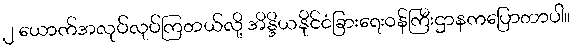
၂ ယောက်အလုပ်လုပ်ကြတယ်လို့ အိန္ဒိယနိုင်ငံခြားရေးဝန်ကြီးဌာနကပြောတာပါ။